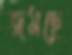
জমছে